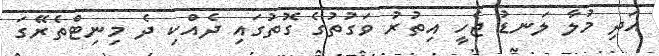
އަދި މުލާ ލަނޑު ޖެހީ އިތުރު ވަގުތުގެ ގޮތުގައި ދެއްކި ދެ މިނިޓްތެރޭގަ